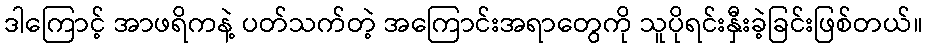
ဒါကြောင့် အာဖရိကနဲ့ ပတ်သက်တဲ့ အကြောင်းအရာတွေကို သူပိုရင်းနှီးခဲ့ခြင်းဖြစ်တယ်။